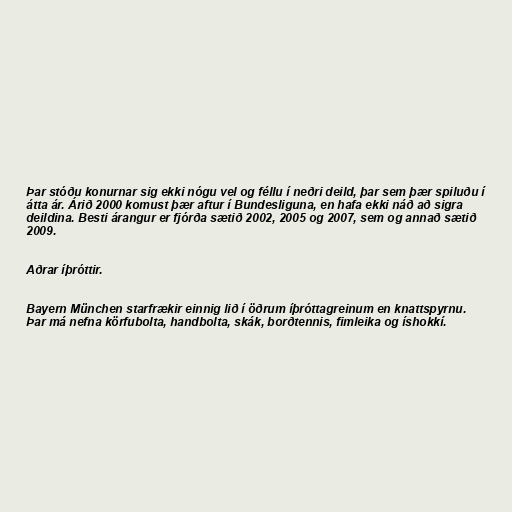
Þar stóðu konurnar sig ekki nógu vel og féllu í neðri deild, þar sem þær spiluðu í
átta ár. Árið 2000 komust þær aftur í Bundesliguna, en hafa ekki náð að sigra
deildina. Besti árangur er fjórða sætið 2002, 2005 og 2007, sem og annað sætið
2009.

Aðrar íþróttir.

Bayern München starfrækir einnig lið í öðrum íþróttagreinum en knattspyrnu.
Þar má nefna körfubolta, handbolta, skák, borðtennis, fimleika og íshokkí.